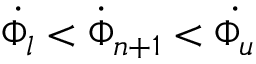
\dot { \Phi _ { l } } < \dot { \Phi } _ { n + 1 } < \dot { \Phi _ { u } }